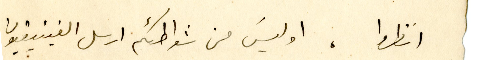
انظروا، اوليسَ من شواطئكم ارسل الفينيقيون